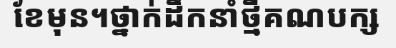
ខែមុន។ថ្នាក់ដឹកនាំថ្មីគណបក្ស